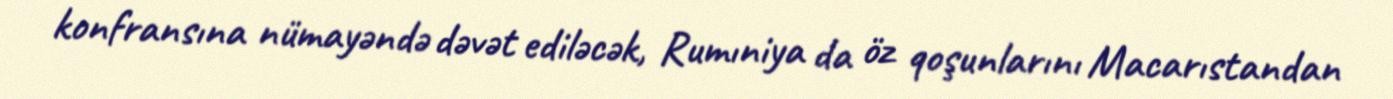
konfransına nümayəndə dəvət ediləcək, Rumıniya da öz qoşunlarını Macarıstandan